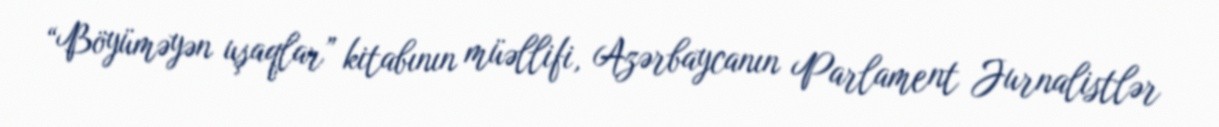
“Böyüməyən uşaqlar” kitabının müəllifi, Azərbaycanın Parlament Jurnalistlər